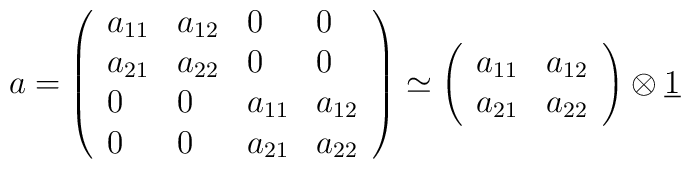
a=\left( \begin{array}{llll}a_{11} & a_{12} & 0 & 0 \\ a_{21} & a_{22} & 0 & 0 \\ 0 & 0 & a_{11} & a_{12} \\ 0 & 0 & a_{21} & a_{22}\end{array}\right) \simeq \left( \begin{array}{ll}a_{11} & a_{12} \\ a_{21} & a_{22}\end{array}\right) \otimes \underline{1}